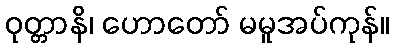
ဝုတ္တာနိ၊ ဟောတော် မမူအပ်ကုန်။